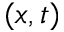
( x , t )